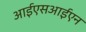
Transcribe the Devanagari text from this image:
आईएसआईएन